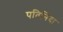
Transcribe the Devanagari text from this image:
पतिनिंदा